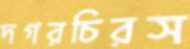
দগরচিরস